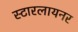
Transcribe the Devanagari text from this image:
स्टारलायनर